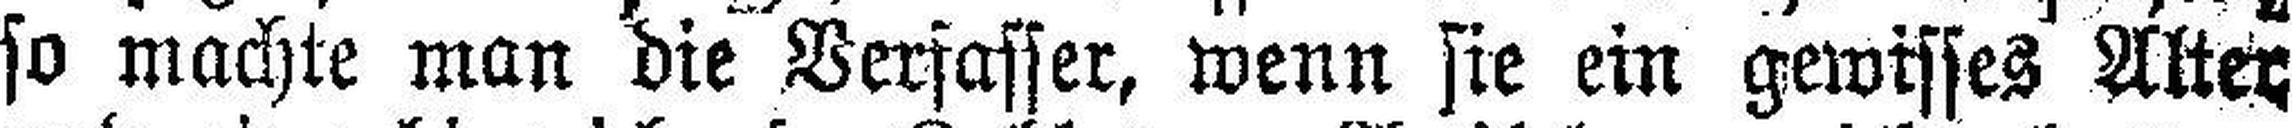
so machte man die Verfasser, wenn sie ein gewisses Alter